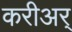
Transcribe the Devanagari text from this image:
करीअर्